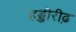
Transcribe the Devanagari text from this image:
हड्डीरीढ़